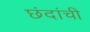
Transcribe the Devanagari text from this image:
छंदांची